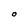
Character: O